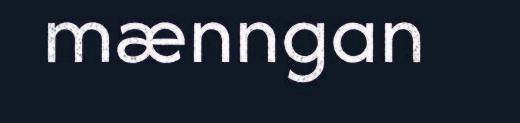
mænngan